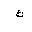
Letter: _kaf